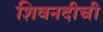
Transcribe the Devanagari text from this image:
शिवनदीची